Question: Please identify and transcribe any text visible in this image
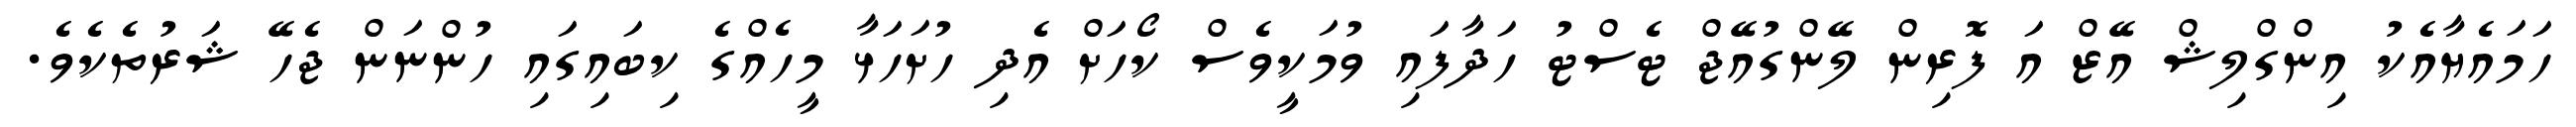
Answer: ހަމައެޔާއެކު އިންގްލިޝް އޭޒް އަ ފޮރިން ލޭންގުއޭޖް ޓެސްޓު ހަދާފައި ވުމަކީވެސް ކޯހަށް އެދި ހުށަހަޅާ މީހެއްގެ ކިބައިގައި ހުންނަން ޖެހޭ ޝަރުތެކެވެ.